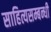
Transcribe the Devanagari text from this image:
साहित्यसम्बन्धी